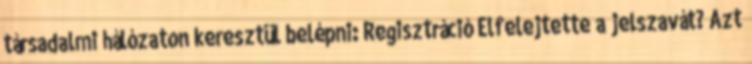
társadalmi hálózaton keresztül belépni: Regisztráció Elfelejtette a jelszavát? Azt